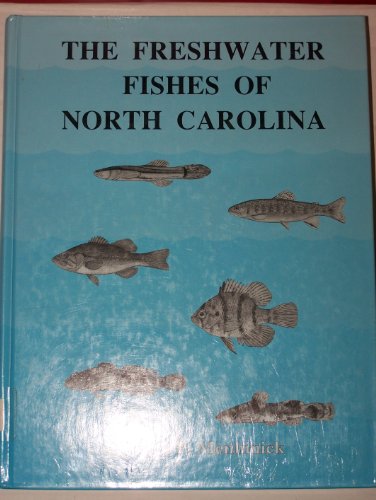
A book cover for The Freshwater Fishes of North Carolina; Edward F. Menhinick; Sports & Outdoors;